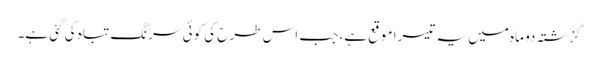
گزشتہ دو ماہ میں یہ تیسرا موقع ہے، جب اس طرح کی کوئی سرنگ تباہ کی گئی ہے۔